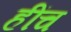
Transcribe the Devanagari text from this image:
हींच